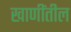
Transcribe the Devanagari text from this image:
खाणींतील